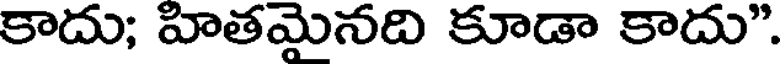
కాదు; హితమైనది కూడా కాదు".